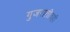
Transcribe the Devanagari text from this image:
गुजरातीतही